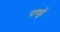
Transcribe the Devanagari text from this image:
पाण्ड्वों